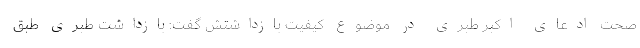
صحت ادعای اکبر طبری در موضوع کیفیت بازداشتش گفت: بازداشت طبری طبق